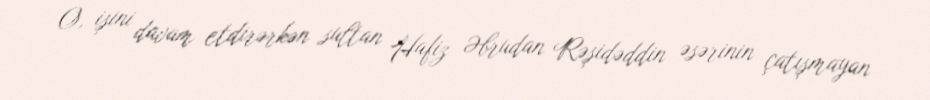
O, işini davam etdirərkən sultan Hafiz Əbrudan Rəşidəddin əsərinin çatışmayan